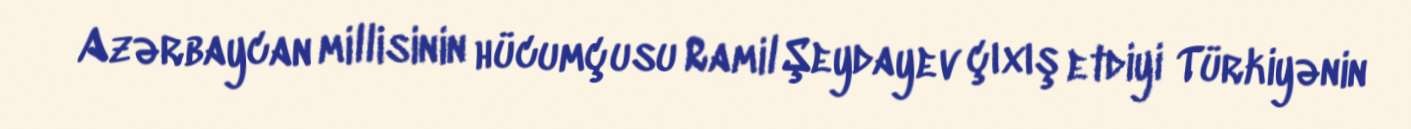
Azərbaycan millisinin hücumçusu Ramil Şeydayev çıxış etdiyi Türkiyənin